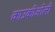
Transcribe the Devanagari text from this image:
काउकीओली